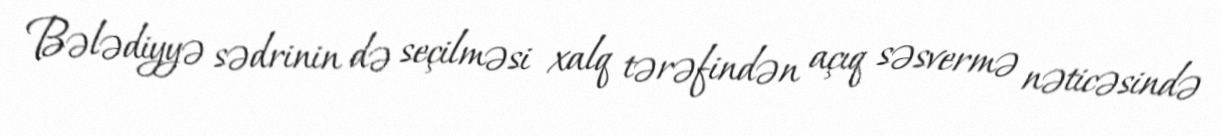
Bələdiyyə sədrinin də seçilməsi xalq tərəfindən açıq səsvermə nəticəsində